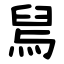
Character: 舃